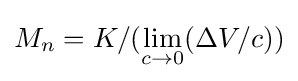
M_{n}=K/(\lim _{c\to 0}(\Delta V/c))